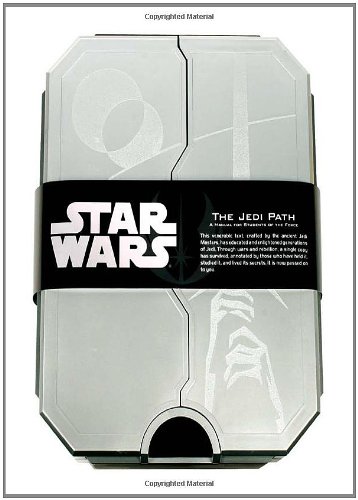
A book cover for The Jedi Path: A Manual for Students of the Force [Vault Edition]; Daniel Wallace; Science Fiction & Fantasy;